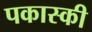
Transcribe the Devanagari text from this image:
पकास्की